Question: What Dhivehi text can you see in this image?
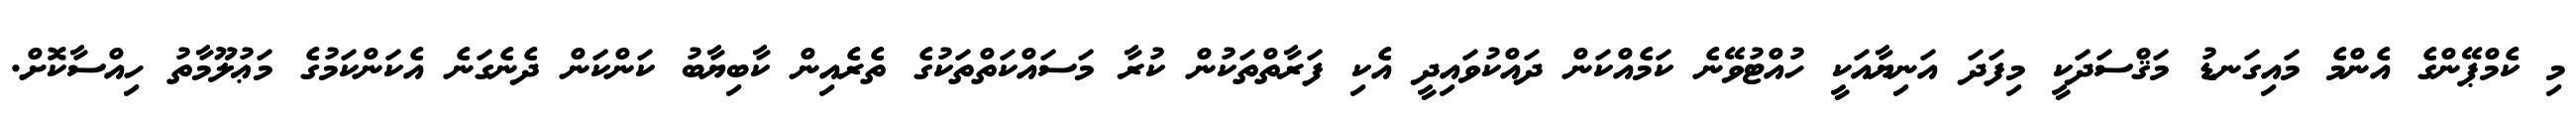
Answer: މި ކެމްޕޭންގެ އެންމެ މައިގަނޑު މަޤްސަދަކީ މިފަދަ އަނިޔާއަކީ ހުއްޓުވޭނެ ކަމެއްކަން ދައްކުވައިދީ އެކި ފަރާތްތަކުން ކުރާ މަސައްކަތްތަކުގެ ތެރެއިން ކާބިޔާބު ކަންކަން ދެނެގަނެ އެކަންކަމުގެ މަޢުލޫމާތު ހިއްސާކޮށް.